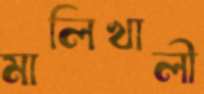
মালিখালী